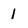
Character: 1